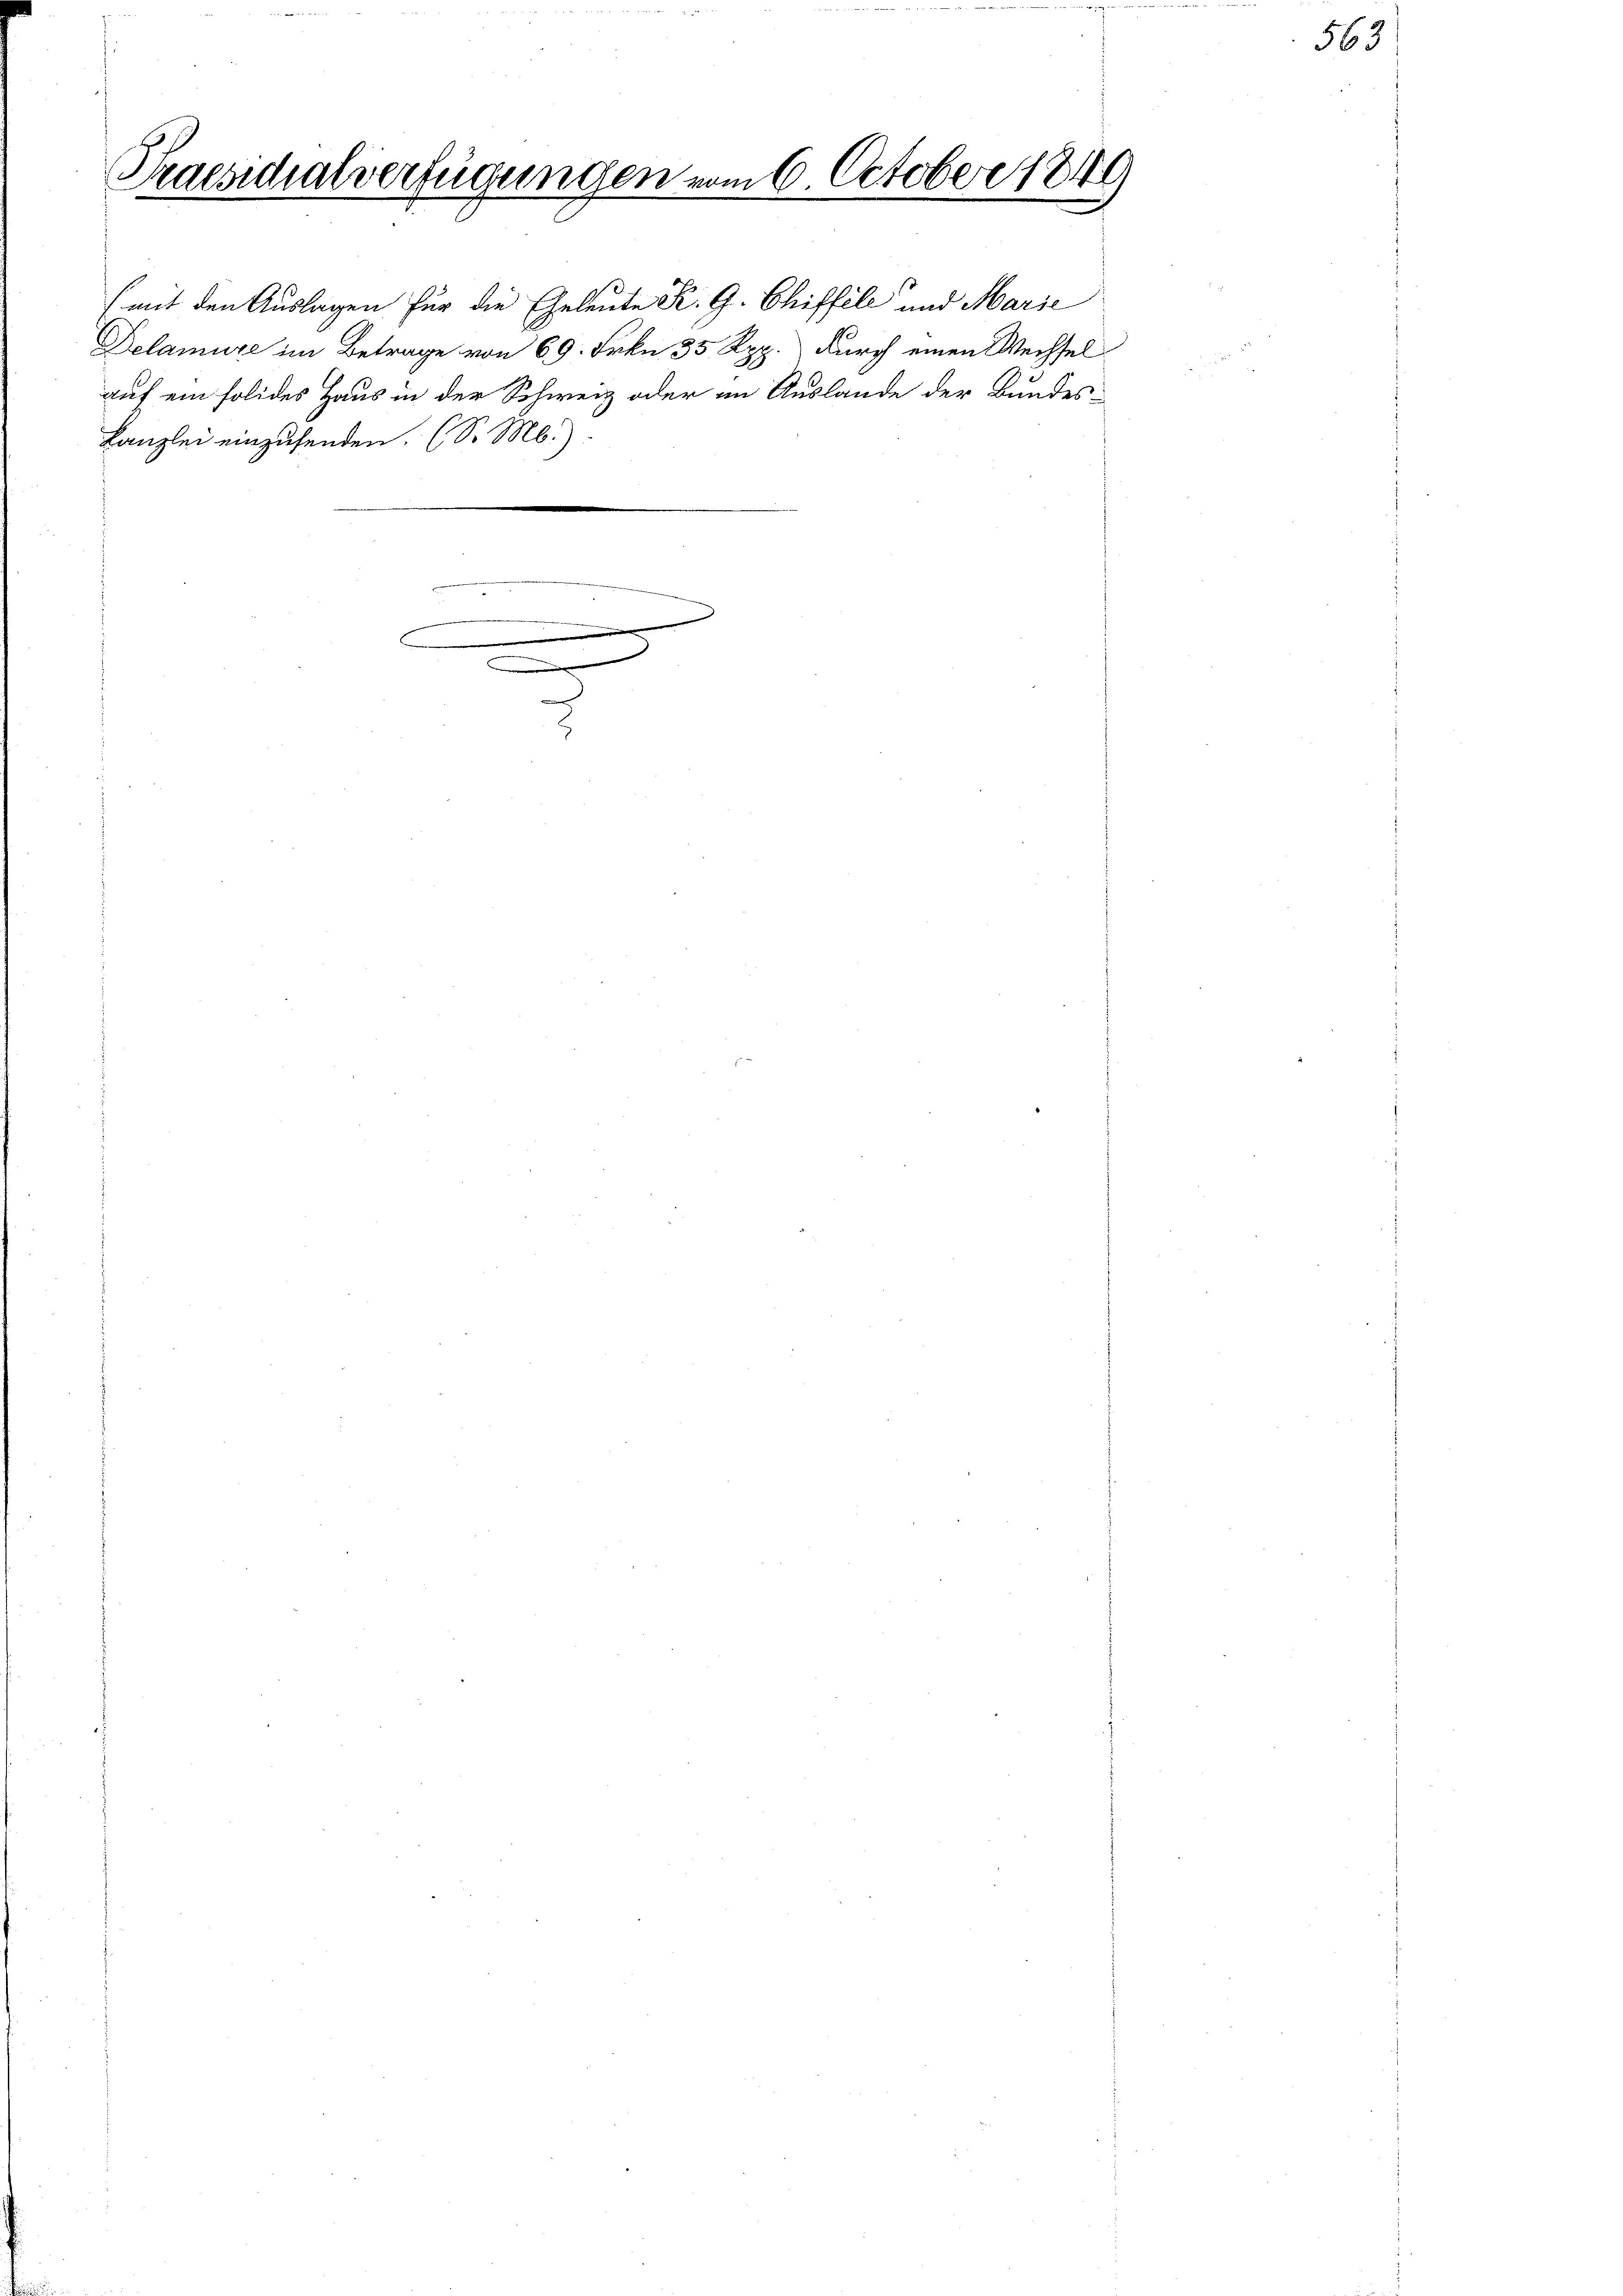
Praesicalverfügungen vom 6. October 1849

Kanzlei einzusenden. (So M.)
e

(mit den Auslagen für die Geleute K. G. Chiffele und Marie
Delamure im Betrage von 69. Frkn. 35 Rpp. durch einen Wechsel
auf ein solides Haus in der Schweiz oder im Auslande der Bundes-

563